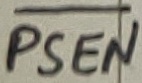
Text: PSEN